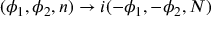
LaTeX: ( \phi _ { 1 } , \phi _ { 2 } , n ) \rightarrow i ( - \phi _ { 1 } , - \phi _ { 2 } , N )